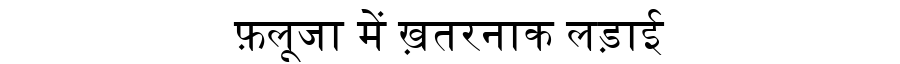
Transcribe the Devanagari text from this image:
फ़लूजा में ख़तरनाक लड़ाई